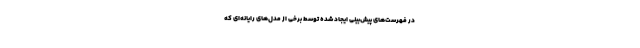
در فهرست‌های پیش‌بینی ایجاد شده توسط برخی از مدل‌های رایانه‌ای که